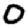
Digit: 0